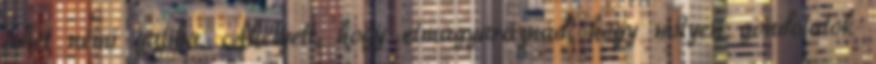
lehet némi galiba. Ahelyett, hogy elmagyaráznád, hogy milyen gondolatok